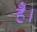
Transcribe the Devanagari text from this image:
है॑।